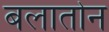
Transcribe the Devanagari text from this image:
बलातोन